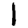
Digit: 1